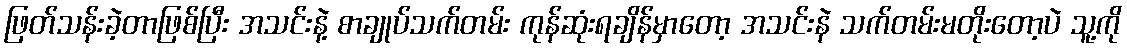
ဖြတ်သန်းခဲ့တာဖြစ်ပြီး အသင်းနဲ့ စာချုပ်သက်တမ်း ကုန်ဆုံးရချိန်မှာတော့ အသင်းနဲ သက်တမ်းမတိုးတော့ပဲ သူ့ကို